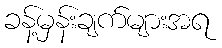
ခန့်မှန်းချက်များအရ